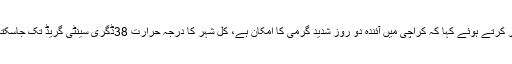
تفصیلات کے مطابق ڈائریکٹر میٹ ڈاکٹر غلام رسول نے کراچی والوں کو خبردار کرتے ہوئے کہا کہ کراچی میں آئندہ دو روز شدید گرمی کا امکان ہے، کل شہر کا درجہ حرارت 38ڈگری سینٹی گریڈ تک جاسکتا یے جبکہ اتوار کو درجہ حرارت40 ڈگری سینٹی گریڈ تک رہنے کا امکان ہے۔